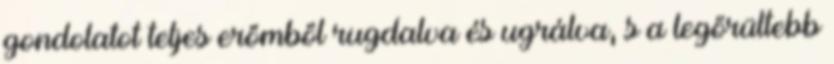
gondolatot teljes erőmből rugdalva és ugrálva, s a legőrültebb